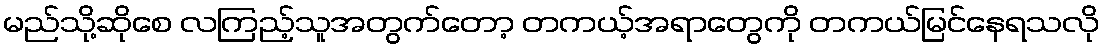
မည်သို့ဆိုစေ လကြည့်သူအတွက်တော့ တကယ့်အရာတွေကို တကယ်မြင်နေရသလို